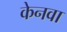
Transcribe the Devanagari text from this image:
केनवा